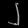
Digit: ၂